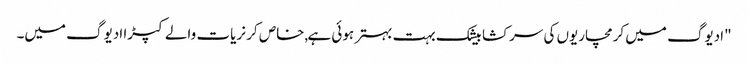
"ادیوگ میں کرمچاریوں کی سرکشا بیشک بہت بہتر ہوئی ہے,خاص کر نریات والے کپڑا ادیوگ میں۔